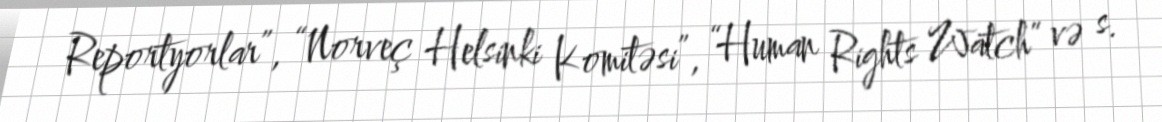
Reportyorlar”, “Norveç Helsinki Komitəsi”, “Human Rights Watch” və s.